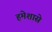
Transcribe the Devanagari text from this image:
हमेशासे